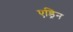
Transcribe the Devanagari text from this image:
एड्रिन